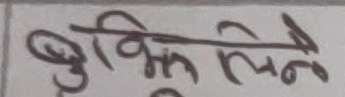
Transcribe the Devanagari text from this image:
बुकिंग लिने